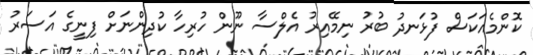
ކޮންމެއަކަސް ފުޅަނދު ބުރު ނިމޭއިރު އެލްސާ ނޫން ހުރިހާ ކުދިންނަށް ފިނީގެ އަސަރު